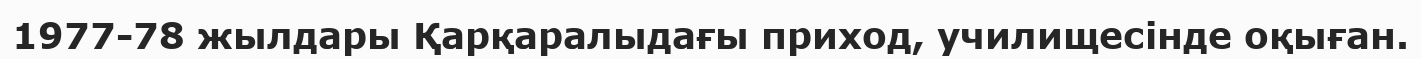
1977-78 жылдары Қарқаралыдағы приход, училищесінде оқыған.